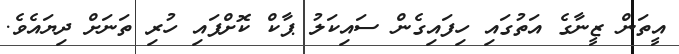
އީތަން ޒީނާގެ އަތުގައި ހިފައިގެން ސައިކަލު ޕާކް ކޮށްފައި ހުރި ތަނަށް ދިޔައެވެ.